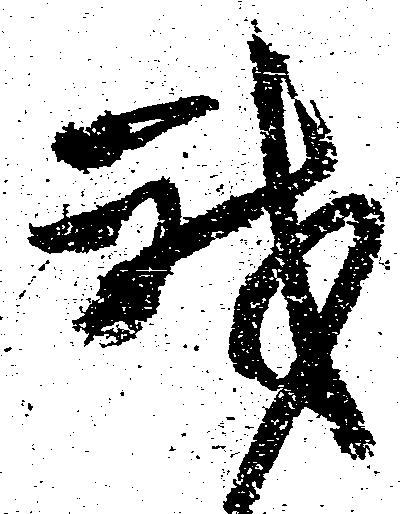
我